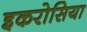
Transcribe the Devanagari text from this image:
इकरोसिया